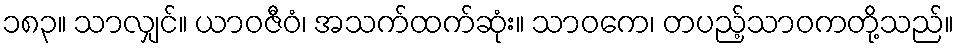
၁၈၃။ သာလျှင်။ ယာဝဇီဝံ၊ အသက်ထက်ဆုံး။ သာဝကေ၊ တပည့်သာဝကတို့သည်။